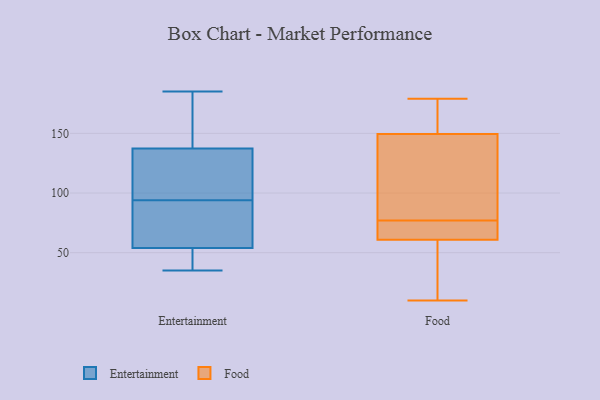
{"axis": {"x": "Bounce Rate (%)", "y": "Value"}, "legend": ["Entertainment", "Food"], "data": [{"x": "", "y": 56, "type": "Entertainment"}, {"x": "", "y": 35, "type": "Entertainment"}, {"x": "", "y": 185, "type": "Entertainment"}, {"x": "", "y": 164, "type": "Entertainment"}, {"x": "", "y": 48, "type": "Entertainment"}, {"x": "", "y": 82, "type": "Entertainment"}, {"x": "", "y": 122, "type": "Entertainment"}, {"x": "", "y": 170, "type": "Entertainment"}, {"x": "", "y": 150, "type": "Entertainment"}, {"x": "", "y": 97, "type": "Entertainment"}, {"x": "", "y": 69, "type": "Entertainment"}, {"x": "", "y": 130, "type": "Entertainment"}, {"x": "", "y": 42, "type": "Entertainment"}, {"x": "", "y": 94, "type": "Entertainment"}, {"x": "", "y": 133, "type": "Entertainment"}, {"x": "", "y": 38, "type": "Entertainment"}, {"x": "", "y": 86, "type": "Entertainment"}, {"x": "", "y": 179, "type": "Food"}, {"x": "", "y": 74, "type": "Food"}, {"x": "", "y": 173, "type": "Food"}, {"x": "", "y": 125, "type": "Food"}, {"x": "", "y": 55, "type": "Food"}, {"x": "", "y": 60, "type": "Food"}, {"x": "", "y": 56, "type": "Food"}, {"x": "", "y": 10, "type": "Food"}, {"x": "", "y": 51, "type": "Food"}, {"x": "", "y": 171, "type": "Food"}, {"x": "", "y": 125, "type": "Food"}, {"x": "", "y": 77, "type": "Food"}, {"x": "", "y": 172, "type": "Food"}, {"x": "", "y": 75, "type": "Food"}, {"x": "", "y": 72, "type": "Food"}, {"x": "", "y": 63, "type": "Food"}, {"x": "", "y": 156, "type": "Food"}, {"x": "", "y": 130, "type": "Food"}, {"x": "", "y": 99, "type": "Food"}]}